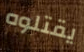
يقتلوه